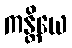
ကန္တိယေ